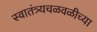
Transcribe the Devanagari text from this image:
स्वातंत्र्यचळवळीच्या